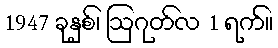
1947 ခုနှစ်၊ ဩဂုတ်လ 1 ရက်။